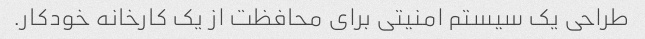
طراحی یک سیستم امنیتی برای محافظت از یک کارخانه خودکار.